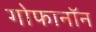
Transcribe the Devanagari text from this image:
गोफानॉन